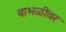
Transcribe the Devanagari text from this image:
बाभळीवर